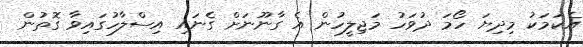
އެކަމަކު މިދިޔަ ހޯމަ ދުވަހު މަޖިލީހުން އެ ގާނޫނަށް ގެނައި އިސްލާހުގައިވާ ގޮތުން